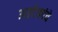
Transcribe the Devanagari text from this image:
अझ्टेकांचे